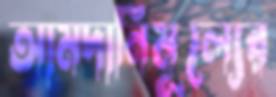
আমদানিমূল্যের